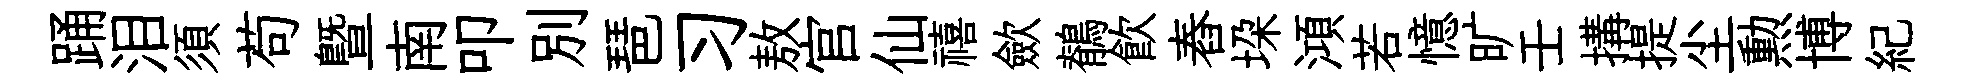
踊泪須苟曁南叩別琶习敖官仙禧歛鶺飮舂垜澒若憶旷壬搆提尘勲博紀